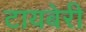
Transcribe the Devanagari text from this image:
टायबेरी